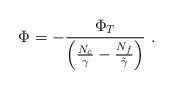
LaTeX: \begin{align*}\Phi=-\frac{\Phi_T}{\left(\frac{N_c}{\gamma} - \frac{N_f}{\tilde{\gamma}}\right)} \ .\end{align*}